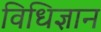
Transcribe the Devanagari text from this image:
विधिज्ञान